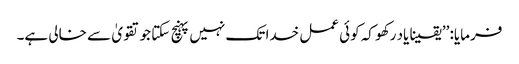
فرمایا: ’’یقینا یاد رکھو کہ کوئی عمل خدا تک نہیں پہنچ سکتا جو تقویٰ سے خالی ہے۔